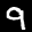
Label: 9